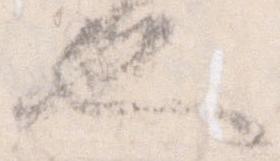
也